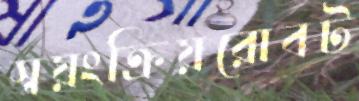
স্বয়ংক্রিয়রোবট